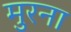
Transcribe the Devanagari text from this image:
मुरना